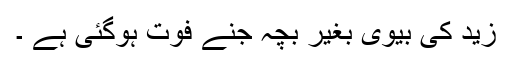
زید کی بیوی بغیر بچہ جنے فوت ہوگئی ہے ۔